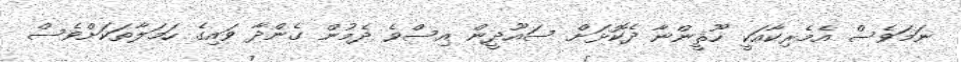
ނަމަވެސް އެމެރިކާއަކީ ހޫޘީންނާ ދެކޮޅަށް ސައޫދީން އިސްވެ ދެމުން ގެންދާ ވައިގެ ހަމަލާތަކަށްވެސް